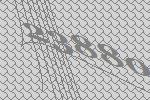
23880